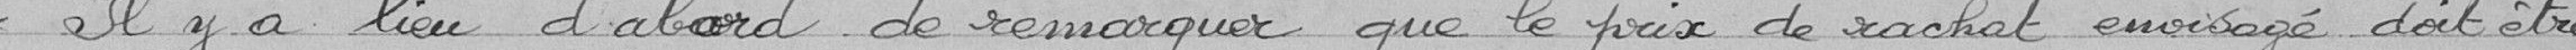
«Il y a lieu d'abord de remarquer que le prix de rachat envisagé doit être